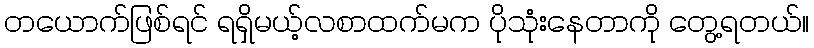
တယောက်ဖြစ်ရင် ရရှိမယ့်လစာထက်မက ပိုသုံးနေတာကို တွေ့ရတယ်။